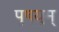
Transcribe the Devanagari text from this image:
पुष़युम्